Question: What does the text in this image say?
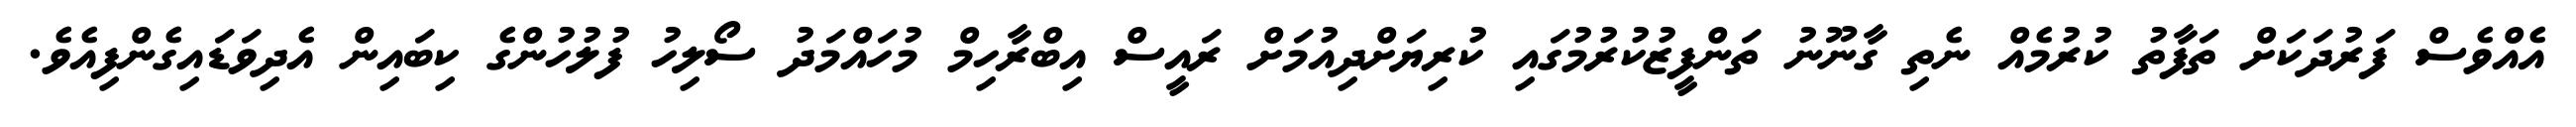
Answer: އެއްވެސް ފަރުދަކަށް ތަފާތު ކުރުމެއް ނެތި ގާނޫނު ތަންފީޒުކުރުމުގައި ކުރިޔަށްދިއުމަށް ރައީސް އިބްރާހިމް މުހައްމަދު ސޯލިހު ފުލުހުންގެ ކިބައިން އެދިވަޑައިގެންފިއެވެ.